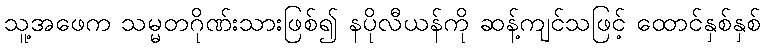
သူ့အဖေက သမ္မတဂိုဏ်းသားဖြစ်၍ နပိုလီယန်ကို ဆန့်ကျင်သဖြင့် ထောင်နှစ်နှစ်